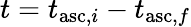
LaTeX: t=t_{\mathrm{asc},i}-t_{\mathrm{asc},f}